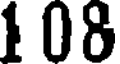
1 08